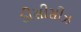
ડીસીસીઝ